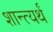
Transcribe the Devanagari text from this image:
शान्त्यर्थं